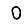
Digit: 0